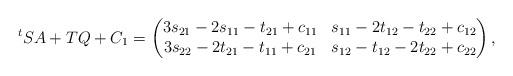
LaTeX: \begin{align*}{}^tSA + TQ + C_1= \begin{pmatrix} 3s_{21} - 2s_{11} - t_{21} + c_{11} & s_{11} - 2t_{12} - t_{22} + c_{12} \\ 3s_{22} - 2t_{21} - t_{11} + c_{21} & s_{12} - t_{12} - 2t_{22} + c_{22}\end{pmatrix}, \end{align*}